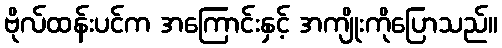
ဗိုလ်ထန်းပင်က အကြောင်းနှင့် အကျိုးကိုပြောသည်။